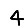
Digit: 4